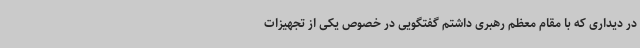
در دیداری که با مقام معظم رهبری داشتم گفتگویی در خصوص یکی از تجهیزات